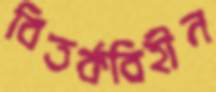
বিতর্কবিহীন